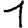
Digit: 1